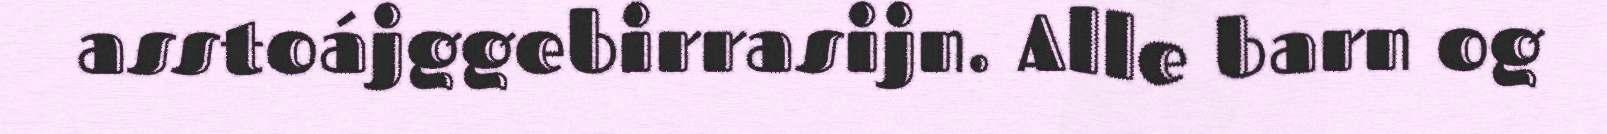
asstoájggebirrasijn. Alle barn og